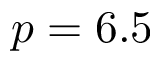
p = 6 . 5